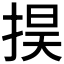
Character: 𢮚